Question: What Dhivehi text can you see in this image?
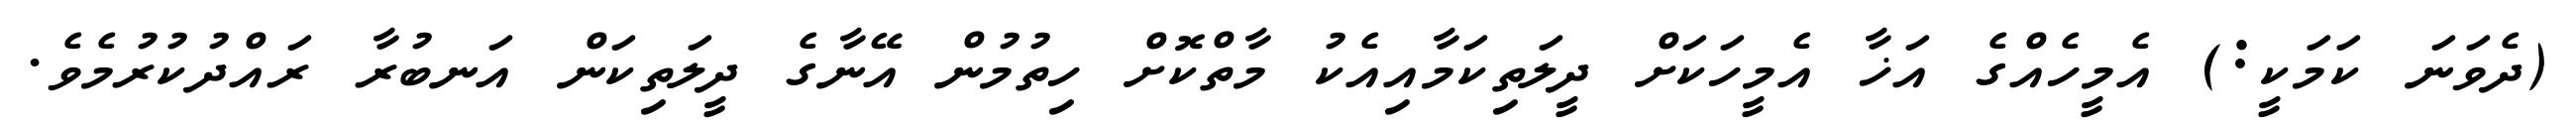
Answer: (ދެވަނަ ކަމަކީ:) އެމީހެއްގެ އަޚާ އެމީހަކަށް ދީލަތިކަމާއިއެކު މާތްކޮށް ހިތުމުން އޭނާގެ ދީލަތިކަން އަނބުރާ ރައްދުކުރުމެވެ.